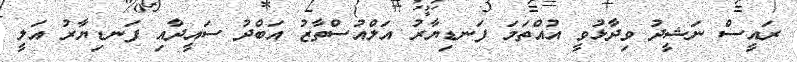
ރައީސް ނަޝީދު ވިދާޅުވީ އުއްތަމަ ފަނޑިޔާރު އަލްއުސްތާޒު އަބްދު ސައީދާއި ފަނޑިޔާރު އަލީ